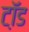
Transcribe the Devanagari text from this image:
टॉ़ड